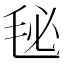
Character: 𣭈